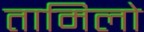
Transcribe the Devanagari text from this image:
तामिलो